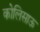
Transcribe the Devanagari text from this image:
कोलिसाऊ